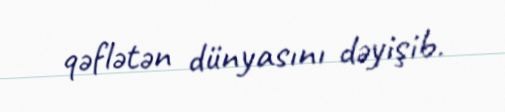
qəflətən dünyasını dəyişib.